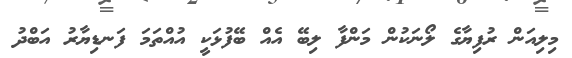
މިލިއަން ރުފިޔާގެ ލޯނަކުން މަންފާ ލިބޭ އެއް ބޭފުޅަކީ އުއްތަމަ ފަނޑިޔާރު އަބްދު